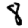
Digit: 8